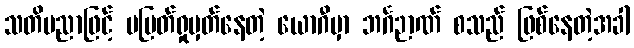
သတိပညာဖြင့် မပြတ်ရှုမှတ်နေတဲ့ ယောဂီမှာ ဘင်္ဂဉာဏ် စသည် ဖြစ်နေတဲ့အခါ